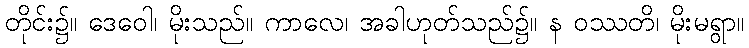
တိုင်း၌။ ဒေဝေါ၊ မိုးသည်။ ကာလေ၊ အခါဟုတ်သည်၌။ န ဝဿတိ၊ မိုးမရွာ။